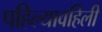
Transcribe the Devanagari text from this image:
पहिल्यावहिली